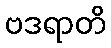
ဗဒရာတိ